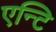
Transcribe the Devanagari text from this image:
एन्टि